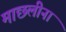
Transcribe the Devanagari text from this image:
माछलीना